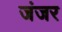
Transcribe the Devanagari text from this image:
जंजर